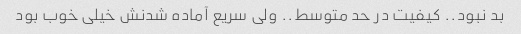
بد نبود.. کیفیت در حد متوسط.. ولی سریع آماده شدنش خیلی خوب بود